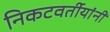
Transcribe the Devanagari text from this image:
निकटवर्तीयांनी